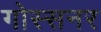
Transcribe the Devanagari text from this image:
गोस्सनर